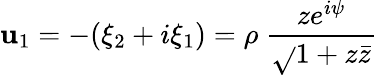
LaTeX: \mathbf{u}_{1}=-(\xi_{2}+i\xi_{1})=\rho~\frac{{ze^{i\psi}}}{{\sqrt{}{{1+z\bar{{z}}}}}}